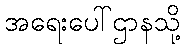
အရေးပေါ်ဌာနသို့